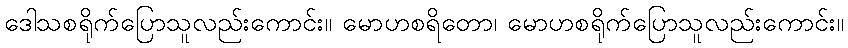
ဒေါသစရိုက်ပြောသူလည်းကောင်း။ မောဟစရိတော၊ မောဟစရိုက်ပြောသူလည်းကောင်း။